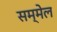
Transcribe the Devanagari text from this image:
सम्‍मेल